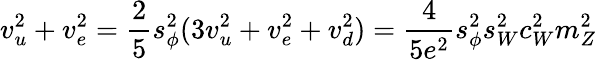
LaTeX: v_{u}^{2}+v_{e}^{2}={\frac{2}{5}}s_{\phi}^{2}(3v_{u}^{2}+v_{e}^{2}+v_{d}^{2})={\frac{4}{5e^{2}}}s_{\phi}^{2}s_{W}^{2}c_{W}^{2}m_{Z}^{2}